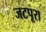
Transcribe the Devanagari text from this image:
जटपूरा